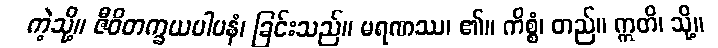
ကဲ့သို့။ ဇီဝိတက္ခယပါပနံ၊ ခြင်းသည်။ မရဏဿ၊ ၏။ ကိစ္စံ၊ တည်။ ဣတိ၊ သို့။